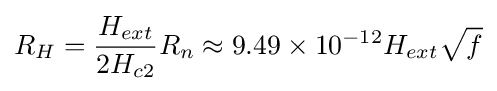
R_{H}={\frac {H_{ext}}{2H_{c2}}}R_{n}\approx 9.49\times 10^{-12}H_{ext}{\sqrt {f}}